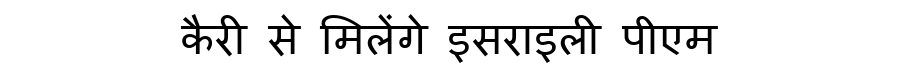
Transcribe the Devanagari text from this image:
कैरी से मिलेंगे इसराइली पीएम